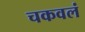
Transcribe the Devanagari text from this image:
चकवलं